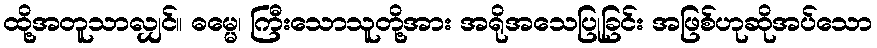
ထို့အတူသာလျှင်။ ဓမ္မေ၊ ကြီးသောသူတို့အား အရိုအသေပြုခြင်း အဖြစ်ဟုဆိုအပ်သော